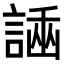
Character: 𧪗